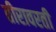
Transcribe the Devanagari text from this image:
तीरावरती